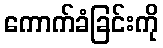
ကောက်ခံခြင်းကို